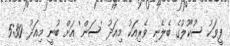
ފީވަކު ސުކޫލުގެ ބެލެނި ވެރިއަކު މިއަދު 'ސަން' އަށް ބުނީ މިއަދު 5:30